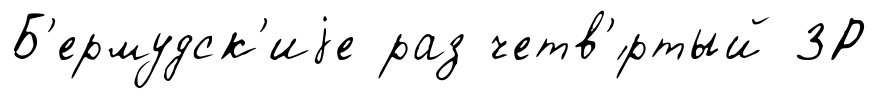
Б'ермудск'иjе раз четв'́ртый 3Р